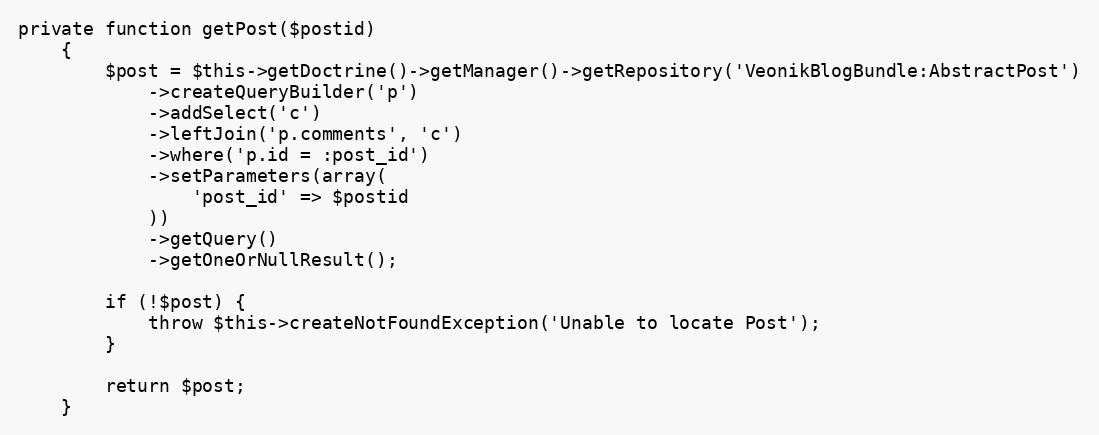
Language: PHP
private function getPost($postid)
    {
        $post = $this->getDoctrine()->getManager()->getRepository('VeonikBlogBundle:AbstractPost')
            ->createQueryBuilder('p')
            ->addSelect('c')
            ->leftJoin('p.comments', 'c')
            ->where('p.id = :post_id')
            ->setParameters(array(
                'post_id' => $postid
            ))
            ->getQuery()
            ->getOneOrNullResult();

        if (!$post) {
            throw $this->createNotFoundException('Unable to locate Post');
        }

        return $post;
    }